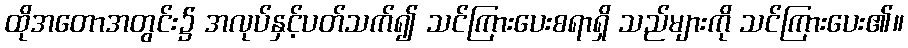
ထိုအတောအတွင်း၌ အလုပ်နှင့်ပတ်သက်၍ သင်ကြားပေးစရာရှိ သည်များကို သင်ကြားပေး၏။